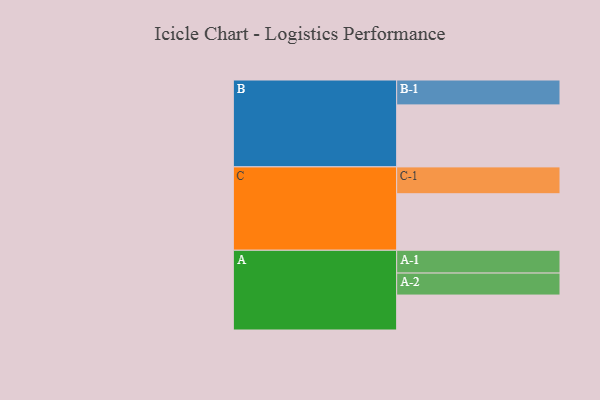
{"axis": {"x": "Segment", "y": "Value"}, "legend": ["", "A", "B", "C"], "data": [{"x": "A", "y": 337, "type": ""}, {"x": "B", "y": 598, "type": ""}, {"x": "C", "y": 545, "type": ""}, {"x": "A-1", "y": 220, "type": "A"}, {"x": "A-2", "y": 212, "type": "A"}, {"x": "B-1", "y": 240, "type": "B"}, {"x": "C-1", "y": 259, "type": "C"}]}